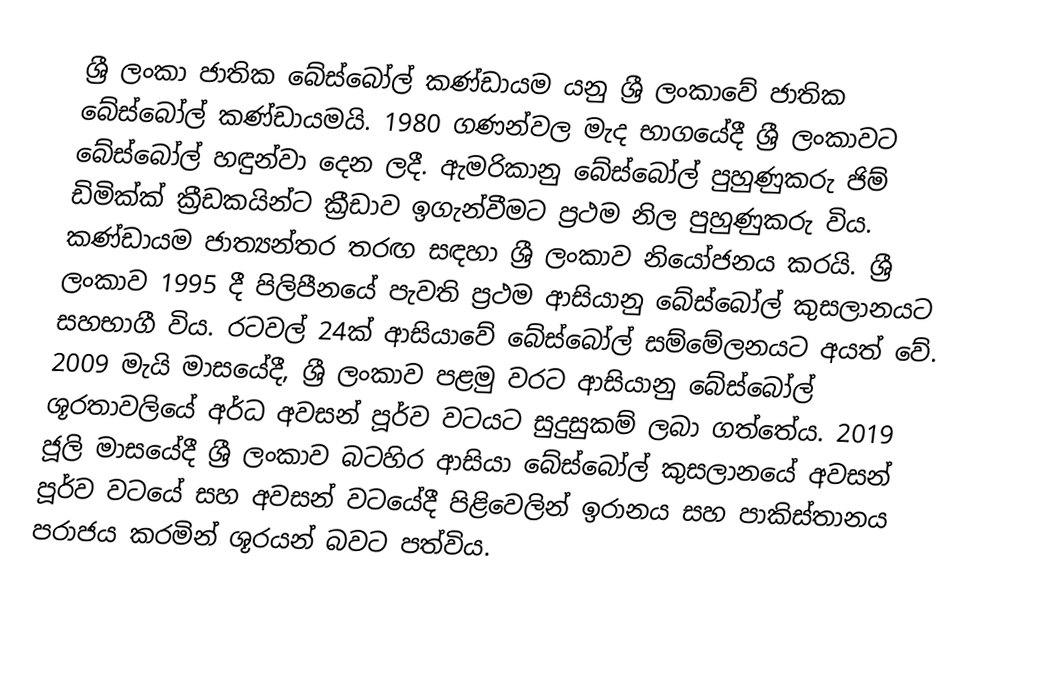
ශ්‍රී ලංකා ජාතික බේස්බෝල් කණ්ඩායම යනු ශ්‍රී ලංකාවේ ජාතික බේස්බෝල් කණ්ඩායමයි.  1980 ගණන්වල මැද භාගයේදී ශ්‍රී ලංකාවට බේස්බෝල් හඳුන්වා දෙන ලදී.  ඇමරිකානු බේස්බෝල් පුහුණුකරු ජිම් ඩිමික්ක්‍ ක්‍රීඩකයින්ට ක්‍රීඩාව ඉගැන්වීමට ප්‍රථම නිල පුහුණුකරු විය.  කණ්ඩායම ජාත්‍යන්තර තරඟ සඳහා ශ්‍රී ලංකාව නියෝජනය කරයි.  ශ්‍රී ලංකාව 1995 දී පිලිපීනයේ පැවති ප්‍රථම ආසියානු බේස්බෝල් කුසලානයට සහභාගී විය. රටවල් 24ක් ආසියාවේ බේස්බෝල් සම්මේලනයට අයත් වේ.  2009 මැයි මාසයේදී, ශ්‍රී ලංකාව පළමු වරට ආසියානු බේස්බෝල් ශූරතාවලියේ අර්ධ අවසන් පූර්ව වටයට සුදුසුකම් ලබා ගත්තේය. 2019 ජූලි මාසයේදී ශ්‍රී ලංකාව බටහිර ආසියා බේස්බෝල් කුසලානයේ අවසන් පූර්ව වටයේ සහ අවසන් වටයේදී පිළිවෙලින් ඉරානය සහ පාකිස්තානය පරාජය කරමින් ශූරයන් බවට පත්විය.